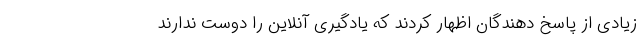
زیادی از پاسخ دهندگان اظهار کردند که یادگیری آنلاین را دوست ندارند